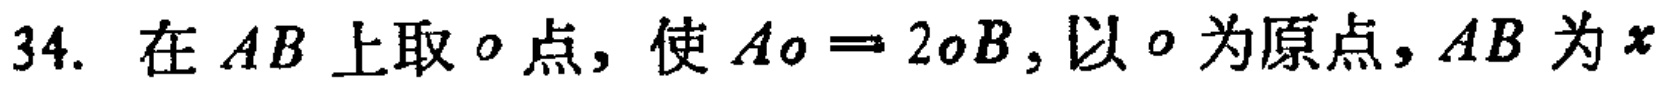
34. 在 \(AB\) 上取 \(o\) 点，使 \(Ao = 2oB\)，以 \(o\) 为原点，\(AB\) 为 \(x\)